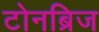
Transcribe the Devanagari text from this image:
टोनब्रिज